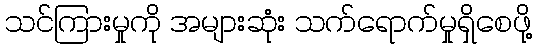
သင်ကြားမှုကို အများဆုံး သက်ရောက်မှုရှိစေဖို့